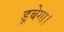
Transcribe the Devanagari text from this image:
डूबेगा।